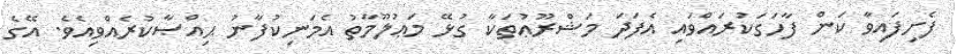
ފެށިފައިވާ ކަން ފާހަގަކުރައްވައި އެފަދަ މަޝްރޫޢުތަކާ ގުޅޭ މަޢުލޫމާތު އެމަނިކުފާނު ޙިއްޞާކުރެއްވިއެވެ. އޭގެ